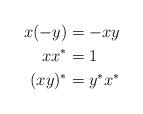
LaTeX: \begin{align*} x(-y) &= -xy \\ xx^* & =1 \\ (xy)^* &= y^*x^* \end{align*}